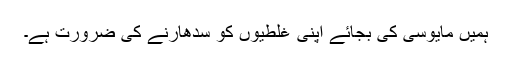
ہمیں مایوسی کی بجائے اپنی غلطیوں کو سدھارنے کی ضرورت ہے۔